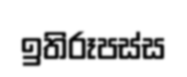
ඉතිරූපස්ස